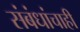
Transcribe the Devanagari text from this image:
संबंधांचाही